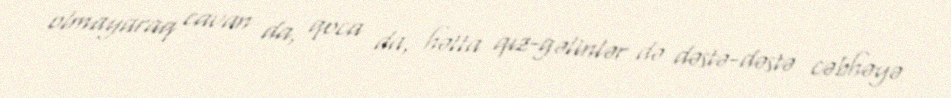
olmayaraq cavan da, qoca da, hətta qız-gəlinlər də dəstə-dəstə cəbhəyə